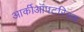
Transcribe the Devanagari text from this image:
आर्कीऑपटरिक्स